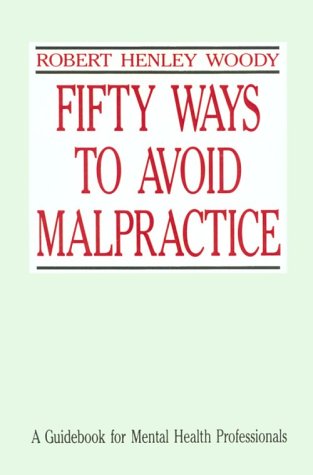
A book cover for Fifty Ways to Avoid Malpractice: A Guidebook for Mental Health Professionals; Robert Henley Woody; Law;